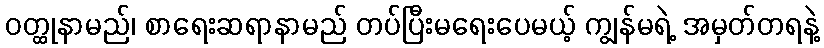
ဝတ္ထုနာမည်၊ စာရေးဆရာနာမည် တပ်ပြီးမရေးပေမယ့် ကျွန်မရဲ့ အမှတ်တရနဲ့